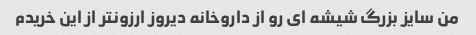
من سایز بزرگ شیشه ای رو از داروخانه دیروز ارزونتر از این خریدم